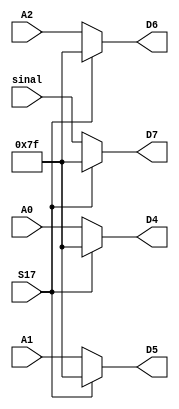
module SumA( 
    input  S17,
	 input [6:0] A0,
	 input [6:0] A1,
	 input [6:0] A2,
	 input [6:0] sinal,
	 output [6:0] D4,
	 output [6:0] D5,
	 output [6:0] D6,
	 output [6:0] D7
    );
    
	assign	D4 = (S17 ? ~7'b0000000 : A0);
	assign	D5 = (S17 ? ~7'b0000000 : A1);
	assign	D6 = (S17 ? ~7'b0000000 : A2);
	assign	D7 = (S17 ? ~7'b0000000 : sinal);
	

endmodule